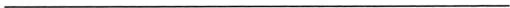
___